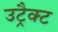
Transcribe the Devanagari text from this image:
उट्रैक्ट